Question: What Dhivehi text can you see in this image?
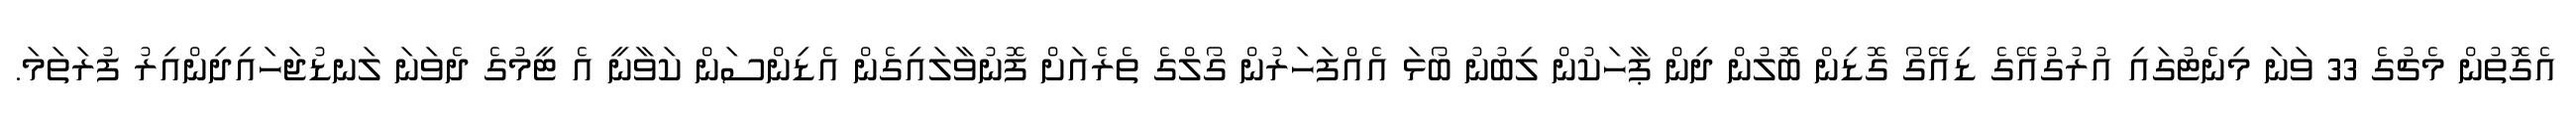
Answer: އެގޮތުން މެޗުގެ 33 ވަނަ މިނެޓުގައި އުރުގުއޭގެ ޑިއޭގޯ ގޮޑިން ބޮލުން ދިން ޕާހަކުން ލިބުނު ބޯޅަ އެއްފަހަރުން ގޯލްގެ ތެރެއަށް ފޮނުވާލައިގެން އެޑިންސަން ކަވާނީ އެ ޓީމުގެ ދެވަނަ ލަނޑުޖަހައިދިންއިރު ފުރަތަމަ.